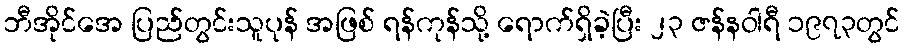
ဘီအိုင်အေ ပြည်တွင်းသူပုန် အဖြစ် ရန်ကုန်သို့ ရောက်ရှိခဲ့ပြီး ၂၃ ဇန်နဝါရီ ၁၉၇၃တွင်